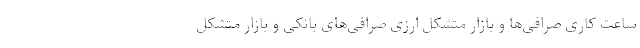
ساعت کاری صرافی‌ها و بازار متشکل ارزی صرافی‌های بانکی و بازار متشکل